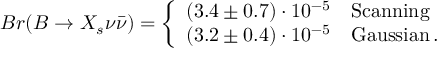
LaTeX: B r ( B \to X _ { s } \nu \bar { \nu } ) = \left\{ \begin{array} { l l } { { ( 3 . 4 \pm 0 . 7 ) \cdot 1 0 ^ { - 5 } } } & { { \mathrm { S c a n n i n g } } } \\ { { ( 3 . 2 \pm 0 . 4 ) \cdot 1 0 ^ { - 5 } } } & { { \mathrm { G a u s s i a n } \, . } } \end{array} \right.